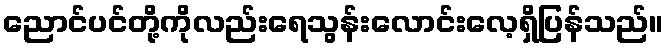
ညောင်ပင်တို့ကိုလည်းရေသွန်းလောင်းလေ့ရှိပြန်သည်။